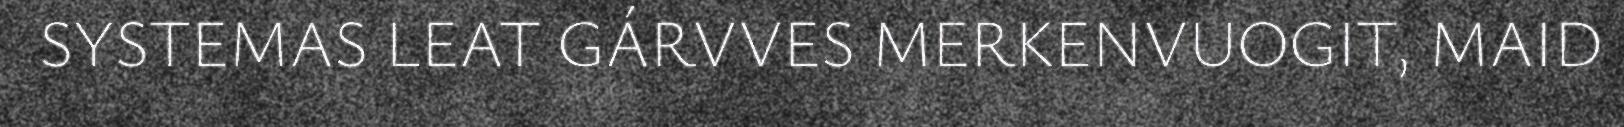
SYSTEMAS LEAT GÁRVVES MERKENVUOGIT, MAID